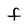
Character: F